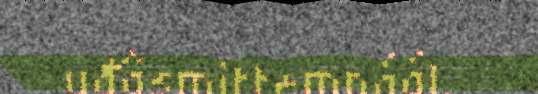
uđâsmittemnáál.